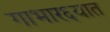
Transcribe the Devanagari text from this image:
गाभार६यात